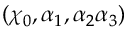
\left( \chi _ { 0 } , \alpha _ { 1 } , \alpha _ { 2 } \alpha _ { 3 } \right)